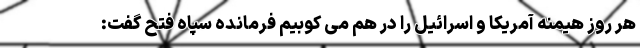
هر روز هیمنه آمریکا و اسرائیل را در هم می کوبیم فرمانده سپاه فتح گفت: